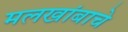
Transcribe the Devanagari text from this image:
मलखांबाचे